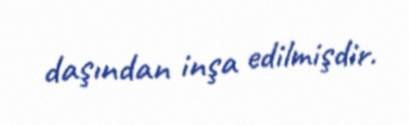
daşından inşa edilmişdir.